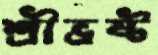
শ্রীভ্রষ্ট